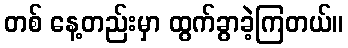
တစ် နေ့တည်းမှာ ထွက်ခွာခဲ့ကြတယ်။